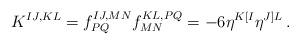
LaTeX: \begin{align*}K^{IJ,KL}=f^{IJ,MN}_{PQ}f^{KL,PQ}_{MN}=-6\eta^{K[I}\eta^{J]L}\,.\end{align*}